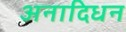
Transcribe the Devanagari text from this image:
अनादिधन